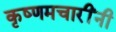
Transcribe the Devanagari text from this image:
कृष्णमचारींनी